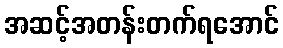
အဆင့်အတန်းတက်ရအောင်